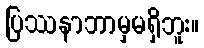
ပြဿနာဘာမှမရှိဘူး။